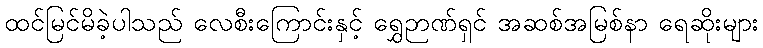
ထင်မြင်မိခဲ့ပါသည် လေစီးကြောင်းနှင့် ရွှေဉာဏ်ရှင် အဆစ်အမြစ်နာ ရေဆိုးများ